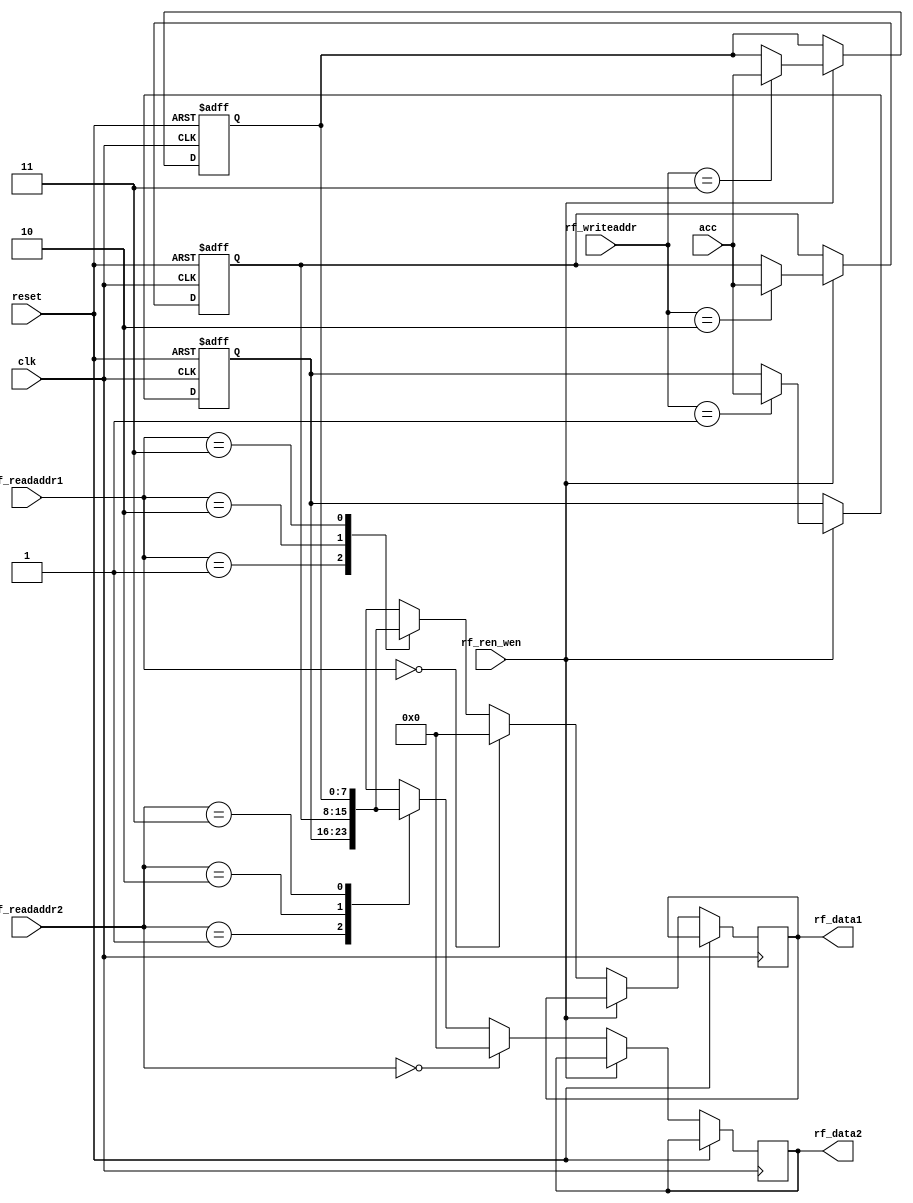
module register_file(clk,reset,rf_ren_wen,acc ,rf_readaddr1,rf_readaddr2, rf_writeaddr,rf_data1,rf_data2); 
  
input	clk;  
input reset;  
input rf_ren_wen;  							//mem_ren  read= 0 /write = 1 enable pin 

input [1:0]rf_writeaddr, rf_readaddr1,rf_readaddr2;  

input [7:0]acc;
  
output reg [7:0]rf_data1, rf_data2;
	
reg [7:0]reg_array [3:0]; 
		
always @ (posedge clk or posedge reset ) 
	begin  
		  if(reset) 
			  begin  
					 reg_array[0] <= 8'b0;  //azero
					 reg_array[1] <= 8'b0;  //b
					 reg_array[2] <= 8'b0;  //c
					 reg_array[3] <= 8'b0;  //d         
			  end  
		  else 
			  begin  
					 if(rf_ren_wen) 
					 begin  
							reg_array[rf_writeaddr] <= acc;  
					 end
					 else
						begin  //rf_ren_wen == 0 then read
							rf_data1 = ( rf_readaddr1 == 0)? 8'b0 : reg_array[rf_readaddr1];  
							rf_data2 = ( rf_readaddr2 == 0)? 8'b0 : reg_array[rf_readaddr2];  
						end	
			  end	  
 end 

endmodule